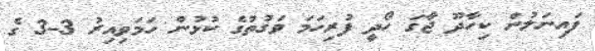
ފައިނަލުން ކިހާދޫ ޖާގަ ހޯދީ ފުރިހަމަ ވަގުތުގެ ކުޅުން ހަމަވިއިރު 3-3 ގެ